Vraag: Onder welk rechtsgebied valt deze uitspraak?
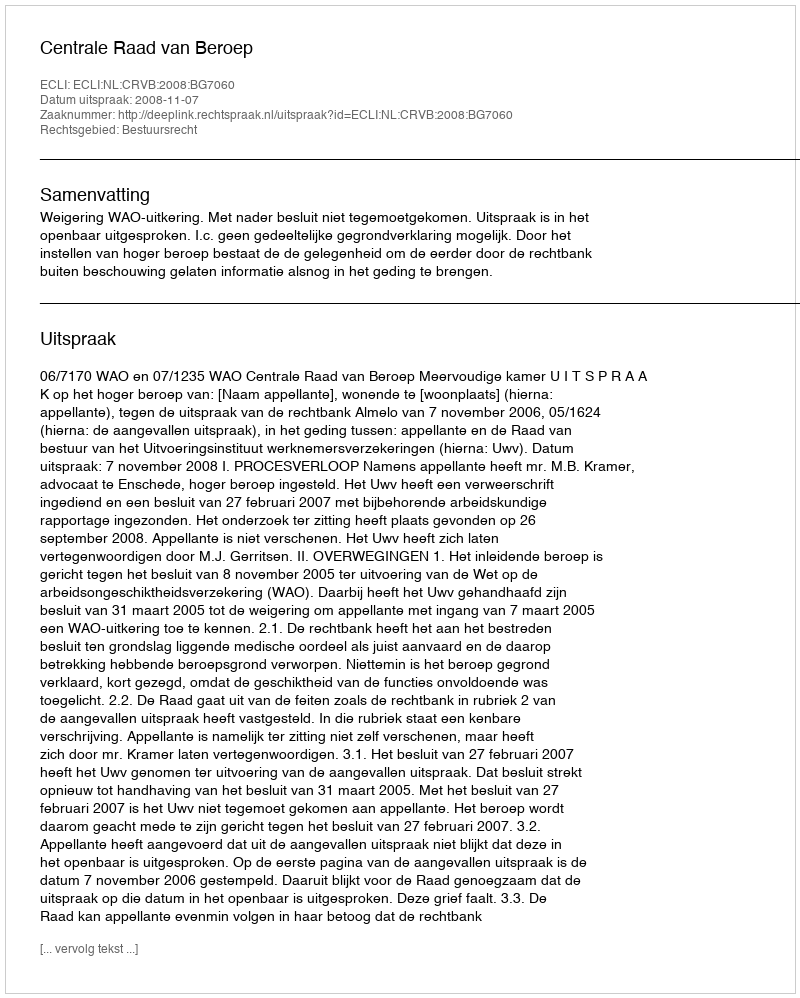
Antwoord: Bestuursrecht